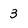
Character: 3